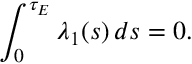
\int _ { 0 } ^ { \tau _ { E } } \lambda _ { 1 } ( s ) \, d s = 0 .